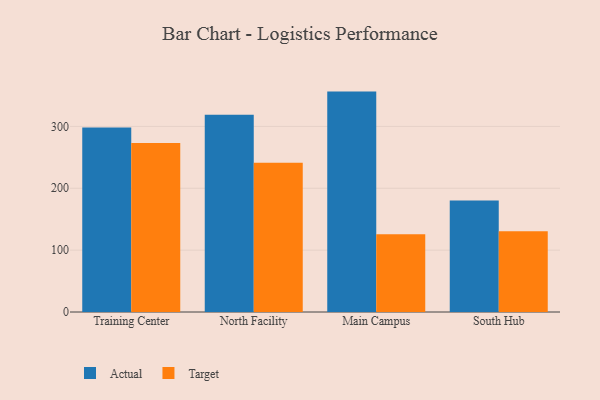
{"axis": {"x": "Campus", "y": "Production Output"}, "legend": ["Actual", "Target"], "data": [{"x": "Training Center", "y": 298.4, "type": "Actual"}, {"x": "Training Center", "y": 273.1, "type": "Target"}, {"x": "North Facility", "y": 318.9, "type": "Actual"}, {"x": "North Facility", "y": 241.1, "type": "Target"}, {"x": "Main Campus", "y": 356.3, "type": "Actual"}, {"x": "Main Campus", "y": 125.6, "type": "Target"}, {"x": "South Hub", "y": 180.3, "type": "Actual"}, {"x": "South Hub", "y": 130.7, "type": "Target"}]}